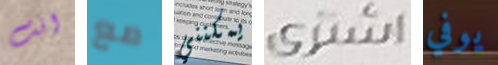
انت مع يمكنني اشترى يوفي